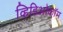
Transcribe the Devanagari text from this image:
व्हिडिओकॉम